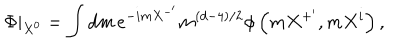
\Phi | _ { X ^ { 0 } } = \int d m \, e ^ { - i m X ^ { - ^ { \prime } } } m ^ { \left( d - 4 \right) / 2 } \phi \left( m X ^ { + ^ { \prime } } , m X ^ { i } \right) ,